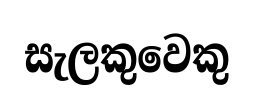
සැලකුවෙකු